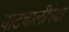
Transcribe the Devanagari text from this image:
वाटचालीपेक्षा